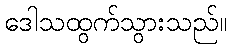
ဒေါသထွက်သွားသည်။